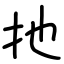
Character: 扡